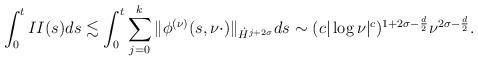
LaTeX: \begin{align*}\int_0^tII(s)ds\lesssim \int_0^t\sum_{j=0}^k\|\phi^{(\nu)}(s,\nu\cdot)\|_{\dot{H}^{j+2\sigma}}ds\sim (c |\log \nu|^c)^{1+2\sigma-\frac{d}{2}}\nu^{2\sigma-\frac{d}{2}}.\end{align*}